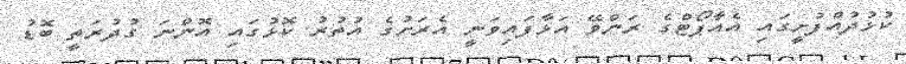
ކުޅުދުއްފުށީގައި އެއާޕޯޓްގެ ރަންވޭ އަޅާފައިވަނީ އެރަށުގެ އުތުރު ކޮޅުގައި އޮންނަ ގުދުރަތީ ބޮޑު